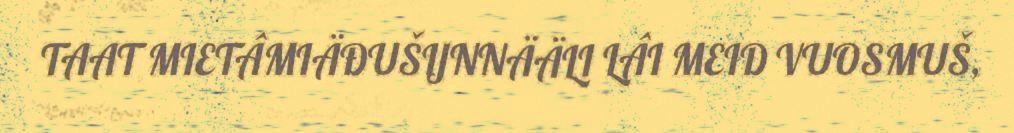
TAAT MIETÂMIÄĐUŠIJNNÄÄLI LÂI MEID VUOSMUŠ,